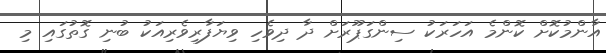
އާންމުކޮށް ކޮންމެ އަހަރަކު ސިންގަޕޫރަށް ދާ ދިވެހި ވިޔަފާރިވެރިއަކު ބުނި ގޮތުގައި މި